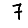
Digit: 7